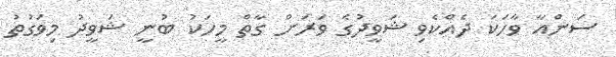
ސަންއާ ވާހަކަ ދެއްކެވި ޝަވީދުގެ ވަރަށް ގާތް މީހަކު ބުނީ ޝަވީދު މިވަގުތު